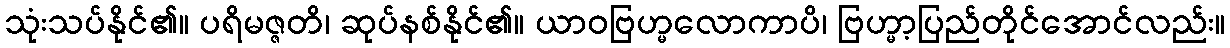
သုံးသပ်နိုင်၏။ ပရိမဇ္ဇတိ၊ ဆုပ်နစ်နိုင်၏။ ယာဝဗြဟ္မလောကာပိ၊ ဗြဟ္မာ့ပြည်တိုင်အောင်လည်း။